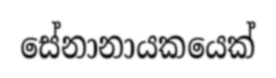
සේනානායකයෙක්